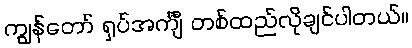
ကျွန်တော် ရှပ်အင်္ကျီ တစ်ထည်လိုချင်ပါတယ်။